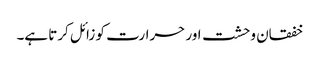
خفقان وحشت اور حرارت کو زائل کرتا ہے۔